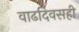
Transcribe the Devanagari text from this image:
वाढदिवसही